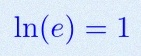
\ln(e)=1